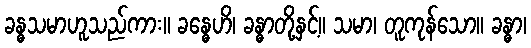
ခန္ဓသမာဟူသည်ကား။ ခန္ဓေဟိ၊ ခန္ဓာတို့နှင့်။ သမာ၊ တူကုန်သော။ ခန္ဓာ၊